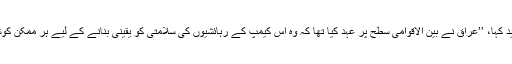
انہوں نے مزید کہا، ’’عراق نے بین الاقوامی سطح پر عہد کیا تھا کہ وہ اس کیمپ کے رہائشیوں کی سلامتی کو یقینی بنانے کے لیے ہر ممکن کوشش کرے گا۔